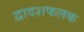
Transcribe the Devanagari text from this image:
द्वादशफलक